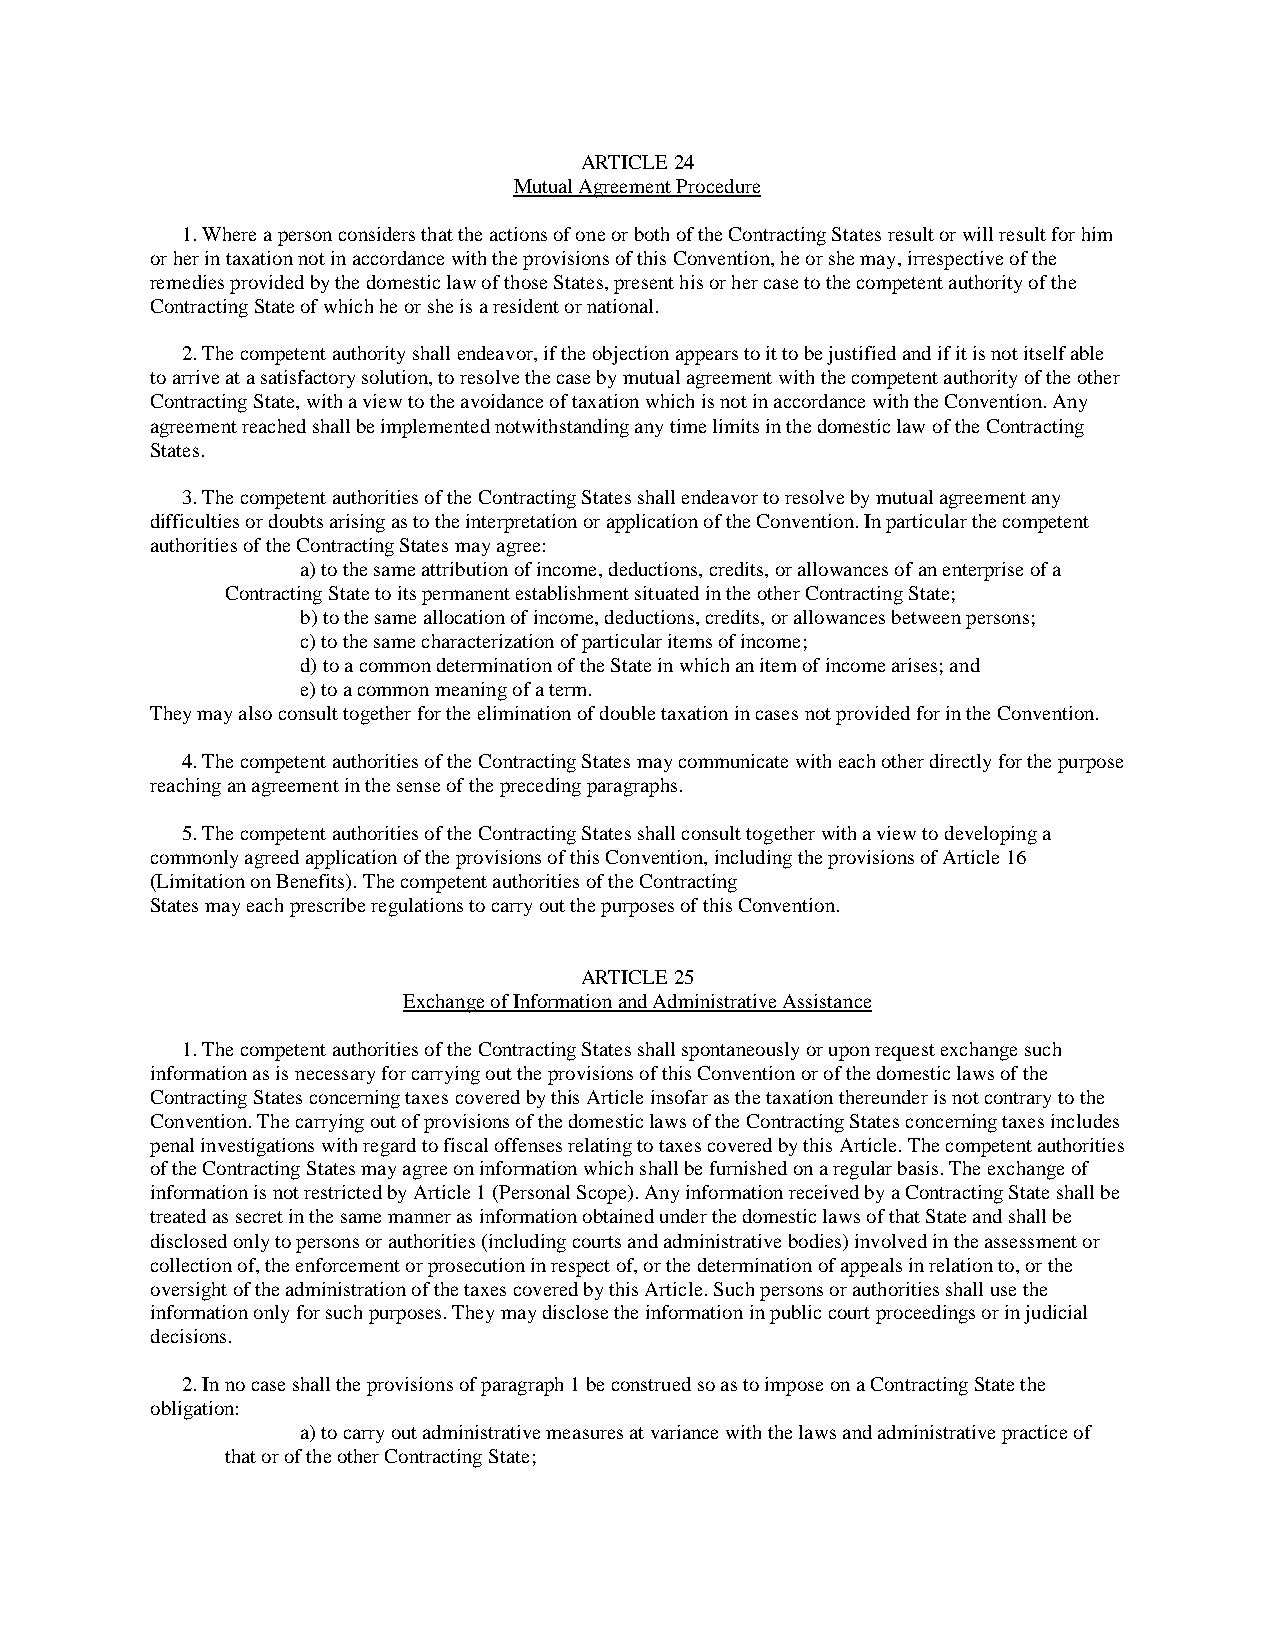
ARTICLE 24
 Mutual Agreement Procedure
 1. Where a person considers that the actions of one or both of the Contracting States result or will result for him
 or her in taxation not in accordance with the provisions of this Convention, he or she may, irrespective of the
 remedies provided by the domestic law of those States, present his or her case to the competent authority of the
 Contracting State of which he or she is a resident or national.
 2. The competent authority shall endeavor, if the objection appears to it to be justified and if it is not itself able
 to arrive at a satisfactory solution, to resolve the case by mutual agreement with the competent authority of the other
 Contracting State, with a view to the avoidance of taxation which is not in accordance with the Convention. Any
 agreement reached shall be implemented notwithstanding any time limits in the domestic law of the Contracting
 States.
 3. The competent authorities of the Contracting States shall endeavor to resolve by mutual agreement any
 difficulties or doubts arising as to the interpretation or application of the Convention. In particular the competent
 authorities of the Contracting States may agree:
 a) to the same attribution of income, deductions, credits, or allowances of an enterprise of a
 Contracting State to its permanent establishment situated in the other Contracting State;
 b) to the same allocation of income, deductions, credits, or allowances between persons;
 c) to the same characterization of particular items of income;
 d) to a common determination of the State in which an item of income arises; and
 e) to a common meaning of a term.
 They may also consult together for the elimination of double taxation in cases not provided for in the Convention.
 4. The competent authorities of the Contracting States may communicate with each other directly for the purpose
 reaching an agreement in the sense of the preceding paragraphs.
 5. The competent authorities of the Contracting States shall consult together with a view to developing a
 commonly agreed application of the provisions of this Convention, including the provisions of Article 16
 (Limitation on Benefits). The competent authorities of the Contracting
 States may each prescribe regulations to carry out the purposes of this Convention.
 ARTICLE 25
 Exchange of Information and Administrative Assistance
 1. The competent authorities of the Contracting States shall spontaneously or upon request exchange such
 information as is necessary for carrying out the provisions of this Convention or of the domestic laws of the
 Contracting States concerning taxes covered by this Article insofar as the taxation thereunder is not contrary to the
 Convention. The carrying out of provisions of the domestic laws of the Contracting States concerning taxes includes
 penal investigations with regard to fiscal offenses relating to taxes covered by this Article. The competent authorities
 of the Contracting States may agree on information which shall be furnished on a regular basis. The exchange of
 information is not restricted by Article 1 (Personal Scope). Any information received by a Contracting State shall be
 treated as secret in the same manner as information obtained under the domestic laws of that State and shall be
 disclosed only to persons or authorities (including courts and administrative bodies) involved in the assessment or
 collection of, the enforcement or prosecution in respect of, or the determination of appeals in relation to, or the
 oversight of the administration of the taxes covered by this Article. Such persons or authorities shall use the
 information only for such purposes. They may disclose the information in public court proceedings or in judicial
 decisions.
 2. In no case shall the provisions of paragraph 1 be construed so as to impose on a Contracting State the
 obligation:
 a) to carry out administrative measures at variance with the laws and administrative practice of
 that or of the other Contracting State;